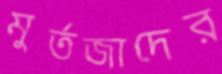
মুর্তজাদের